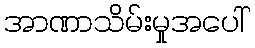
အာဏာသိမ်းမှုအပေါ်